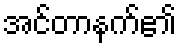
အင်တာနက်၏